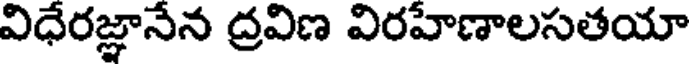
విధేరజ్ఞానేన ద్రవిణ విరహేణాలసతయా